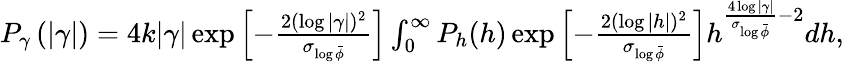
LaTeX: \begin{array}{r}{P_{\gamma}\left(|\gamma|\right)=4k|\gamma|\exp\left[-\frac{2(\log|\gamma|)^{2}}{\sigma_{\log\bar{\phi}}}\right]\int_{0}^{\infty}P_{h}(h)\exp\left[-\frac{2(\log|h|)^{2}}{\sigma_{\log\bar{\phi}}}\right]h^{\frac{4\log|\gamma|}{\sigma_{\log\bar{\phi}}}-2}dh,}\end{array}